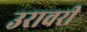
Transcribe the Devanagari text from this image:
उरावरी